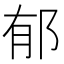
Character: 郁